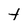
Character: t